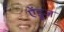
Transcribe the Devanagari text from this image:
ऐंडूज